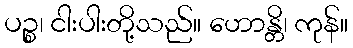
ပဉ္စ၊ ငါးပါးတို့သည်။ ဟောန္တိ၊ ကုန်။